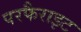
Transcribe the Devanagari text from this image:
परफैराइट